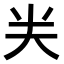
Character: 𠔉